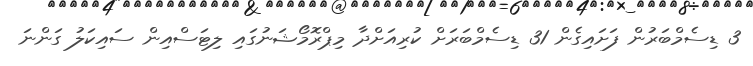
3 ޑިސެމްބަރުން ފަށައިގެން 31 ޑިސެމްބަރަށް ކުރިއަށްދާ މިޕްރޮމޯޝަނުގައި ލިޓަސްއިން ސައިކަލު ގަންނަ